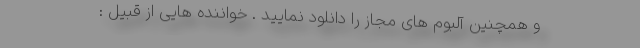
و همچنین آلبوم های مجاز را دانلود نمایید . خواننده هایی از قبیل :